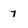
Character: 7